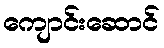
ကျောင်းဆောင်